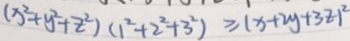
( x ^ { 2 } + y ^ { 2 } + z ^ { 2 } ) ( 1 ^ { 2 } + 2 ^ { 2 } + 3 ^ { 2 } ) \geq ( x + 2 y + 3 z ) ^ { 2 }